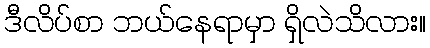
ဒီလိပ်စာ ဘယ်နေရာမှာ ရှိလဲသိလား။